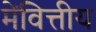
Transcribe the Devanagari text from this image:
मेंवित्तीय